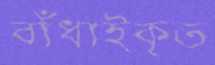
বাঁধাইকৃত